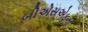
બીએસએફના